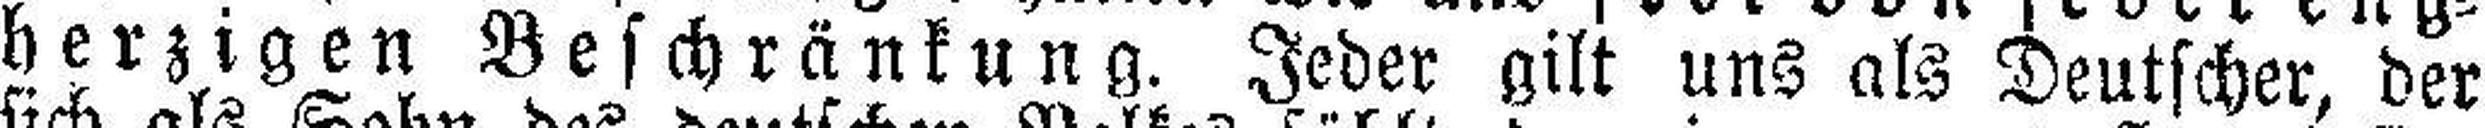
herzigen Beschränkung. Jeder gilt uns als Deutscher, der